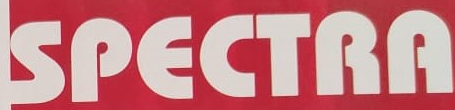
SPECTRA